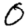
Digit: 0